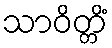
သာဝိတ္တိံ